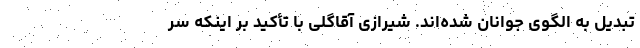
تبدیل به الگوی جوانان شده‌اند. شیرازی آقاگلی با تأکید بر اینکه سر